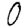
Digit: 0